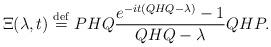
LaTeX: \begin{align*}\Xi(\lambda,t)\stackrel{\rm def} {=} PHQ \frac{e^{-it(QHQ - \lambda)}-1}{QHQ -\lambda}QHP.\end{align*}